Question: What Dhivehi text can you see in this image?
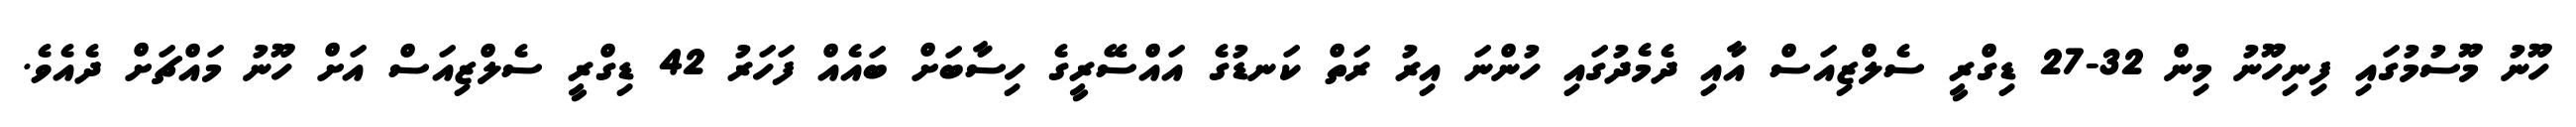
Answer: ހޫނު މޫސުމުގައި ފިނިހޫނު މިން 32-27 ޑިގްރީ ސެލްޒިއަސް އާއި ދެމެދުގައި ހުންނަ އިރު ރަތް ކަނޑުގެ އައްސޭރީގެ ހިސާބަށް ބައެއް ފަހަރު 42 ޑިގްރީ ސެލްޒިއަސް އަށް ހޫނު މައްޗަށް ދެއެވެ.